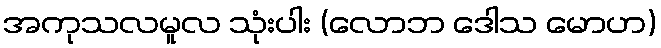
အကုသလမူလ သုံးပါး (လောဘ ဒေါသ မောဟ)